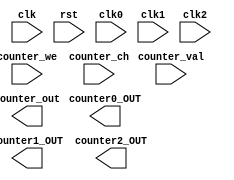
`timescale 1ns / 1ps
//////////////////////////////////////////////////////////////////////////////////
// Company: 
// Engineer: 
// 
// Design Name: 
// Module Name:    Counter_8253 
// Project Name: 
// Target Devices: 
// Tool versions: 
// Description: 
//
// Dependencies: 
//
// Revision: 
// Revision 0.01 - File Created
// Additional Comments: 
//
//////////////////////////////////////////////////////////////////////////////////
module Counter_x(input clk,
					input rst,
					input clk0,
					input clk1,
					input clk2,
					input counter_we,
					input [31:0] counter_val,
					input [1:0] counter_ch,				//Counter channel set

					output counter0_OUT,
					output counter1_OUT,
					output counter2_OUT,
					output [31:0] counter_out
					
					);

endmodule